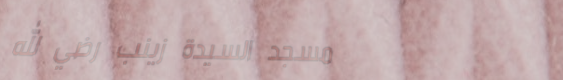
مسجد السيدة زينب رضي الله